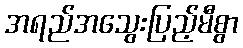
အရည်အသွေးပြည့်မီစွာ